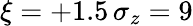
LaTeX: \xi=+1.5\, \sigma_{z}=9